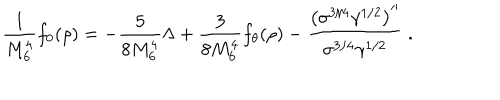
LaTeX: \frac { 1 } { M _ { 6 } ^ { 4 } } f _ { 0 } ( \rho ) = - \frac { 5 } { 8 M _ { 6 } ^ { 4 } } { \Lambda } + \frac { 3 } { 8 M _ { 6 } ^ { 4 } } f _ { \theta } ( \rho ) - \frac { { \left( \sigma ^ { 3 / 4 } \gamma ^ { 1 / 2 } \right) } ^ { \prime \prime } } { \sigma ^ { 3 / 4 } \gamma ^ { 1 / 2 } } \ .